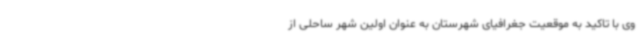
وی با تاکید به موقعیت جغرافیای شهرستان به عنوان اولین شهر ساحلی از